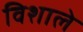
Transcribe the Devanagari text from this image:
विशाले